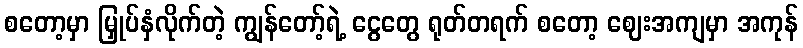
စတော့မှာ မြှုပ်နှံလိုက်တဲ့ ကျွန်တော့်ရဲ့ ငွေတွေ ရုတ်တရက် စတော့ ဈေးအကျမှာ အကုန်